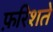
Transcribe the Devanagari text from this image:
फ़रिशते